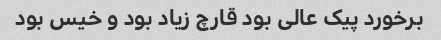
برخورد پیک عالی بود قارچ زیاد بود و خیس بود